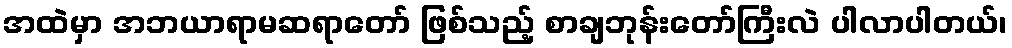
အထဲမှာ အဘယာရာမဆရာတော် ဖြစ်သည့် စာချဘုန်းတော်ကြီးလဲ ပါလာပါတယ်၊